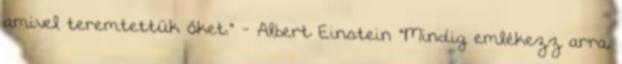
amivel teremtettük őket." - Albert Einstein "Mindig emlékezz arra,